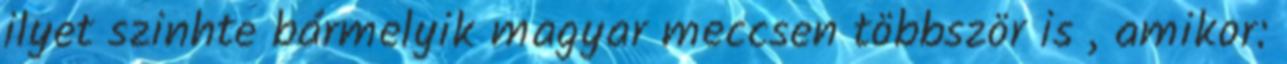
ilyet szinhte bármelyik magyar meccsen többször is , amikor: